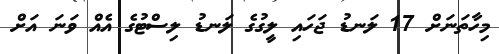
މިހާތަނަށް 17 ލަނޑު ޖަހައި ލީގުގެ ލަނޑު ލިސްޓުގެ އެއް ވަނަ އަށް